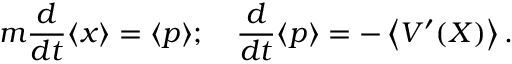
m { \frac { d } { d t } } \langle x \rangle = \langle p \rangle ; \quad { \frac { d } { d t } } \langle p \rangle = - \left\langle V ^ { \prime } ( X ) \right\rangle .